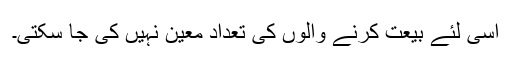
اسی لئے بیعت کرنے والوں کی تعداد معین نہیں کی جا سکتی۔